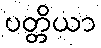
ပတ္တိယာ